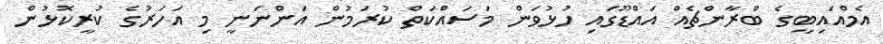
އެމްއައިބީގެ ބްރާންޗެއް އައްޑޫގައި ހުޅުވަން މަސައްކަތް ކުރަމުން އަންނަނީ މި އަހަރުގެ ކުރީކޮޅުން